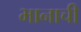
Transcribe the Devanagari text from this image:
भानाची